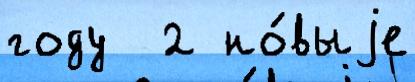
году  2 но́выjе